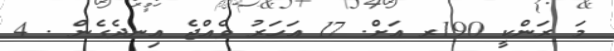
މަ ރަންކީ 190ރ އަށް. 17 އަހަރު ވެއްޖެ އިނދެގެން . 4